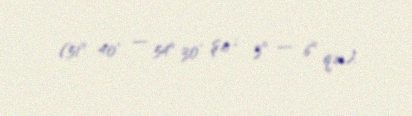
(51° 40' — 54° 30' ş.e ; 3° — 6° q.u).